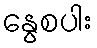
နွေစပါး